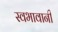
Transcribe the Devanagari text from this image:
स्वभावानी